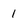
Character: 1